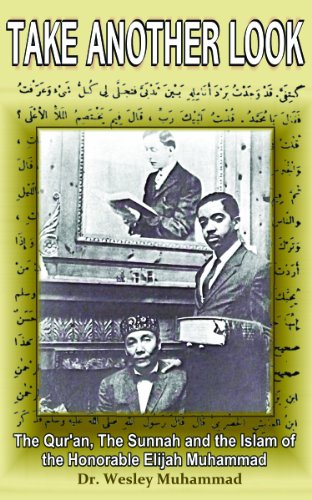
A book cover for Take Another Look: The Quran, the Sunnah and the Islam of the Honorable Elijah Muhammad; Dr. Wesley Muhammad; Religion & Spirituality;